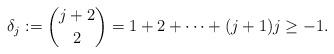
LaTeX: \begin{align*}\delta_{j} : = \binom{j+2}{2} = 1+ 2 + \cdots + (j+1) j \ge -1.\end{align*}